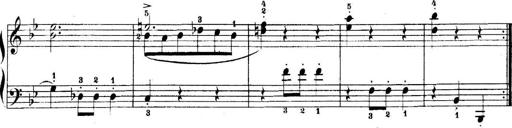
Title: 5 Sonatinas
Composer: Theodor Kirchner